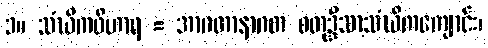
၁။ သံဃိကဝိဟာရ = အာဂတာနာဂတ စတုဒ္ဒိသာသံဃိကကျောင်း၊